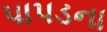
પાપડના